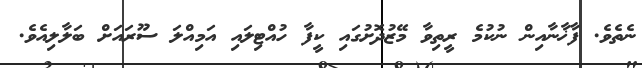
ނެތެވެ. ފާޚާނާއިން ނުކުމެ ރީތިވާ މޭޒުދޮށުގައި ކީފާ ހުއްޓިލައި އަމިއްލަ ސޫރައަށް ބަލާލިއެވެ.